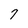
Character: 7